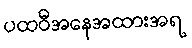
ပထဝီအနေအထားအရ